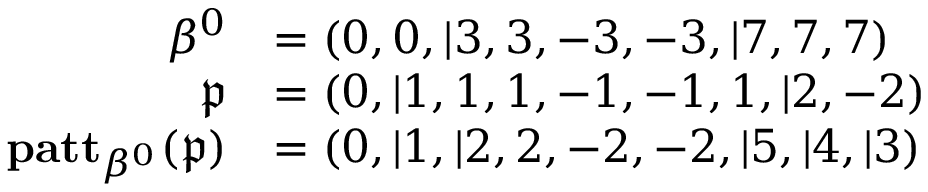
\begin{array} { r l } { \beta ^ { 0 } } & { = ( 0 , 0 , \vert 3 , 3 , - 3 , - 3 , \vert 7 , 7 , 7 ) } \\ { \mathfrak { p } } & { = ( 0 , \vert 1 , 1 , 1 , - 1 , - 1 , 1 , \vert 2 , - 2 ) } \\ { \mathbf { p a t t } _ { \beta ^ { 0 } } ( \mathfrak { p } ) } & { = ( 0 , \vert 1 , \vert 2 , 2 , - 2 , - 2 , \vert 5 , \vert 4 , \vert 3 ) } \end{array}